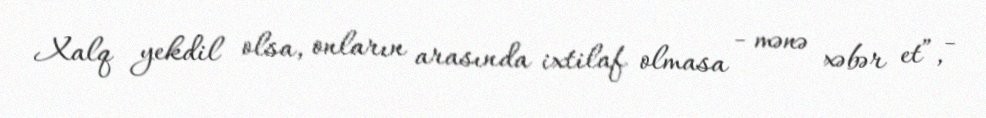
Xalq yekdil olsa, onların arasında ixtilaf olmasa - mənə xəbər et”, -